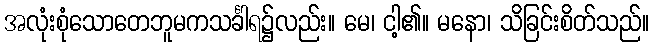
အလုံးစုံသောတေဘူမကသင်္ခါရ၌လည်း။ မေ၊ ငါ့၏။ မနော၊ သိခြင်းစိတ်သည်။